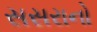
સસરાનો